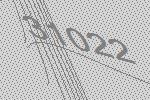
31022